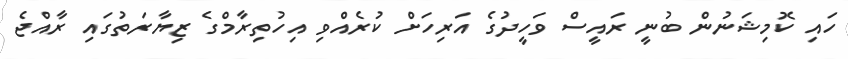
ހައި ކޮމިޝަނުން ބުނީ ރައީސް ވަހީދުގެ އަރިހަށް ކުރެއްވި އިހުތިރާމްގެ ޒިޔާރަތުގައި ރާއްޖެ